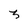
Character: 3